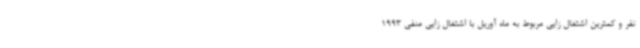
نفر و کمترین اشتغال زایی مربوط به ماه آوریل با اشتغال زایی منفی 1993